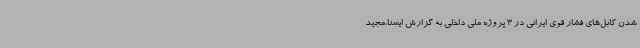
شدن کابل‌های فشار قوی ایرانی در 3 پروژه ملی داخلی به گزارش ایسنا،مجید